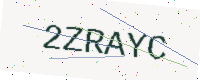
Text: 2ZRAYC